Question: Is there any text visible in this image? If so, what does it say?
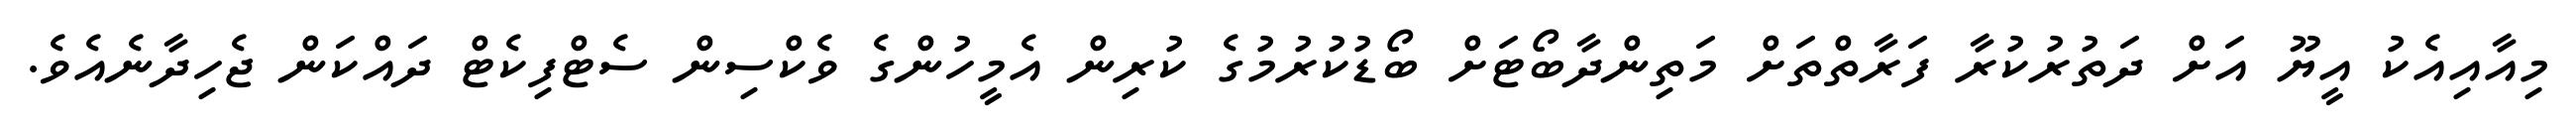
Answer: މިއާއިއެކު އީޔޫ އަށް ދަތުރުކުރާ ފަރާތްތަށް މަތިންދާބޯޓަށް ބޯޑުކުރުމުގެ ކުރިން އެމީހުންގެ ވެކްސިން ސެޓްފިކެޓް ދައްކަން ޖެހިދާނެއެވެ.